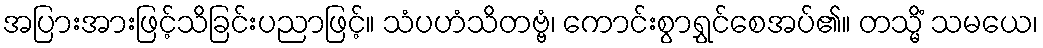
အပြားအားဖြင့်သိခြင်းပညာဖြင့်။ သံပဟံသိတဗ္ဗံ၊ ကောင်းစွာရွှင်စေအပ်၏။ တသ္မိံ သမယေ၊